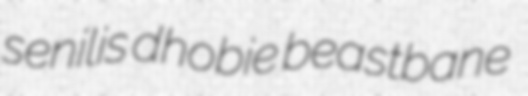
senilis dhobie beastbane